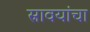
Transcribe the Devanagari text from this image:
स्रावयांचा